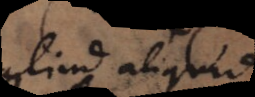
aliud aliquid